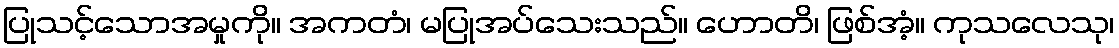
ပြုသင့်သောအမှုကို။ အကတံ၊ မပြုအပ်သေးသည်။ ဟောတိ၊ ဖြစ်အံ့။ ကုသလေသု၊